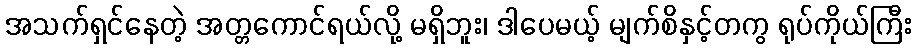
အသက်ရှင်နေတဲ့ အတ္တကောင်ရယ်လို့ မရှိဘူး၊ ဒါပေမယ့် မျက်စိနှင့်တကွ ရုပ်ကိုယ်ကြီး